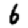
Digit: 6